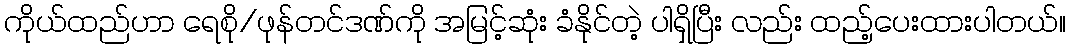
ကိုယ်ထည်ဟာ ရေစို/ဖုန်တင်ဒဏ်ကို အမြင့်ဆုံး ခံနိုင်တဲ့ ပါရှိပြီး လည်း ထည့်ပေးထားပါတယ်။